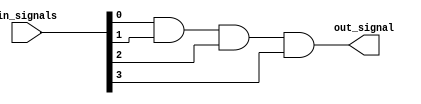
module four_input_AND_gate(
    input [3:0] in_signals,
    output out_signal
);

assign out_signal = (in_signals[0] && in_signals[1] && in_signals[2] && in_signals[3]);

endmodule